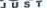
JUST